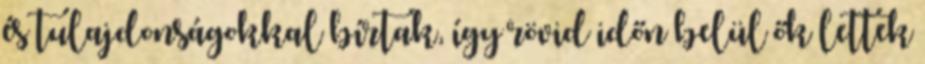
és tulajdonságokkal bírtak, így rövid időn belül ők lettek